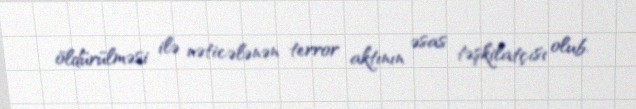
öldürülməsi ilə nəticələnən terror aktının əsas təşkilatçısı olub.